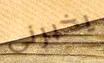
يخبرنى